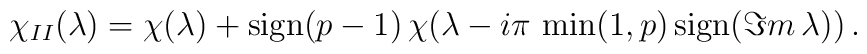
\chi _{II}(\lambda )=\chi (\lambda )+\mathrm{sign}(p-1)\, \chi (\lambda -i\pi \, \min (1,p)\, \mathrm{sign}(\Im m\, \lambda ))\, .